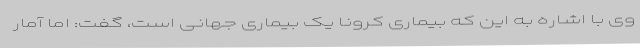
وی با اشاره به این که بیماری کرونا یک بیماری جهانی است، گفت: اما آمار